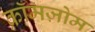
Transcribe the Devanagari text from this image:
क्रॉमज़ोम